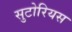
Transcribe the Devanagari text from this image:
सुटोरियस